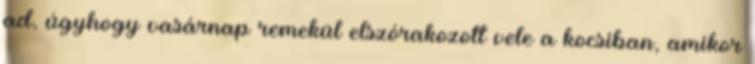
ad, úgyhogy vasárnap remekül elszórakozott vele a kocsiban, amikor